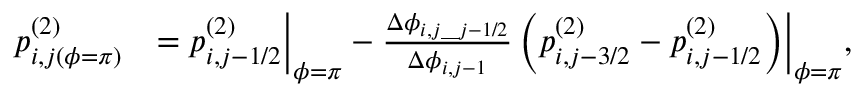
\begin{array} { r l } & { \begin{array} { r l } { p _ { i , j ( \phi = \pi ) } ^ { ( 2 ) } } & { = p _ { i , j - 1 / 2 } ^ { ( 2 ) } \biggr | _ { \phi = \pi } - \frac { \Delta \phi _ { i , j \_ j - 1 / 2 } } { \Delta \phi _ { i , j - 1 } } \left( p _ { i , j - 3 / 2 } ^ { ( 2 ) } - p _ { i , j - 1 / 2 } ^ { ( 2 ) } \right) \biggr | _ { \phi = \pi } , } \end{array} } \end{array}